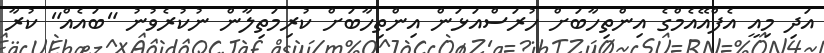
އަދި މިއީ އެފްއޭއެމްގެ އިންތިހާބަށް ހުރަސްއަޅަން އިންތިހާބަށް ކުރިމަތިލާން ނުކުރެވުނު "ބައެއް" ކުރާ